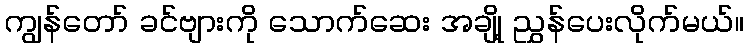
ကျွန်တော် ခင်ဗျားကို သောက်ဆေး အချို့ ညွှန်ပေးလိုက်မယ်။